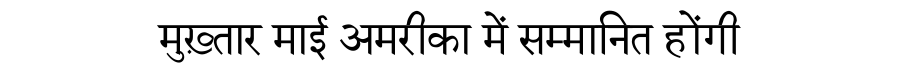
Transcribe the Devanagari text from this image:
मुख़्तार माई अमरीका में सम्मानित होंगी